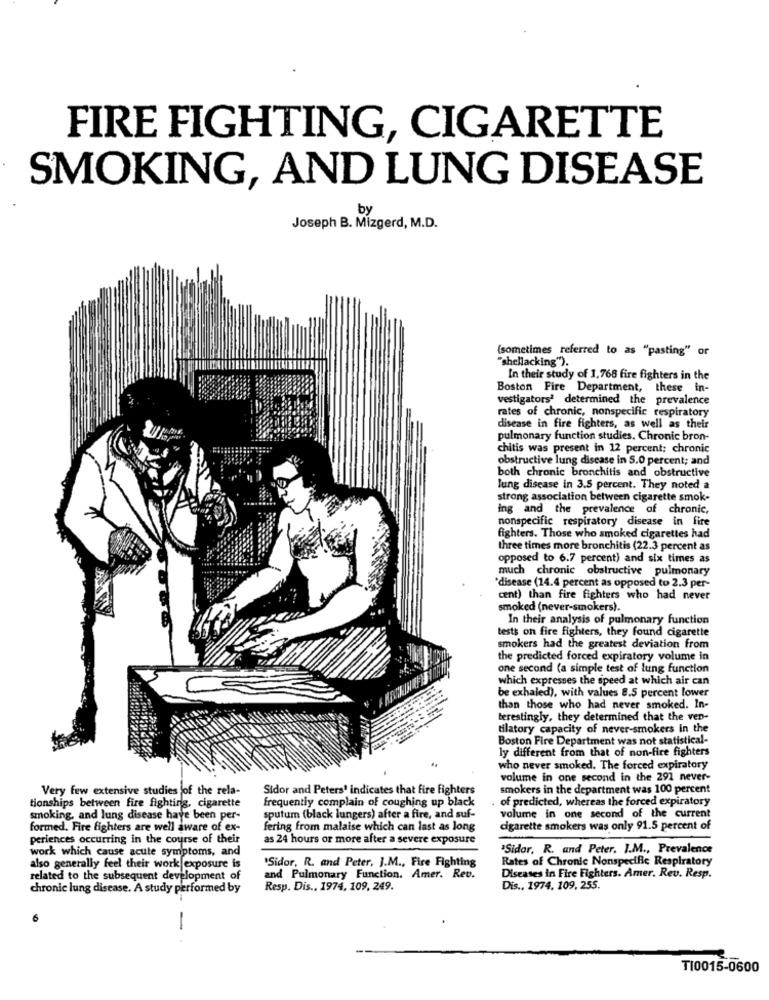
FIRE FIGHTING, CIGARETTE
SMOKING, AND LUNG DISEASE
by
Joseph B. Mizgerd, M.D.
(sometimes referred to as "pasting" or
"shellacking").
In their study of 1,768 fire fighters in the
Boston Fire Department, these in-
vestigators' determined the prevalence
rates of chronic, nonspecific respiratory
disease in fire fighters, as well as their
pulmonary function studies. Chronic bron-
chitis was present in 12 percent; chronic
obstructive lung disease in 5.0 percent; and
both chronic bronchitis and obstructive
lung disease in 3.5 percent. They noted a
strong association between cigarette smok-
ing and the prevalence of chronic,
nonspecific respiratory disease in fire
fighters. Those who smoked cigarettes had
three times more bronchitis (22.3 percent as
opposed to 6.7 percent) and six times as
much chronic obstructive pulmonary
*disease (14.4 percent as opposed to 2.3 per-
cent) than fire fighters who had never
smoked (never-smokers).
In their analysis of pulmonary function
tests on fire fighters, they found cigarette
smokers had the greatest deviation from
the predicted forced expiratory volume in
one second (a simple test of lung function
which expresses the speed at which air can
be exhaled), with values 8.5 percent lower
than those who had never smoked. In-
terestingly, they determined that the ven-
tilatory capacity of never-smokers in the
Boston Fire Department was not statistical-
ly different from that of non-fire fighters
who never smoked. The forced expiratory
volume in one second in the 291 never-
Very few extensive studies of the rela-
Sidor and Peters' indicates that fire fighters
smokers in the department was 100 percent
frequently complain of coughing up black
. of predicted, whereas the forced expiratory
tionships between fire fighting, cigarette
smoking, and lung disease have been per-
sputum (black lungers) after a fire, and suf-
volume in one second of the current
formed. Fire fighters are well aware of ex-
fering from malaise which can last as long
cigarette smokers was only 91.5 percent of
periences occurring in the course of their
as 24 hours or more after a severe exposure
work which cause acute symptoms, and
'Sidor, R. and Peter. I.M ., Prevalence
"Sidor, R. and Peter, J.M ., Fire Fighting
Rates of Chronic Nonspecific Respiratory
also generally feel their work exposure is
related to the subsequent development of
and Pulmonary Function. Amer. Rev.
Diseases in Fire Fighters. Amer. Rev. Resp.
chronic lung disease. A study performed by
Resp. Dis ., 1974, 109, 249.
Dis .. 1974. 109, 255.
6
-.
T10015-0600